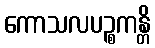
ကောသလပဉ္စကန္တိ